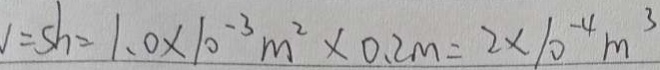
= s h = 1 . 0 \times 1 0 ^ { - 3 } m ^ { 2 } \times 0 . 2 m = 2 \times 1 0 ^ { - 4 } m ^ { 3 }